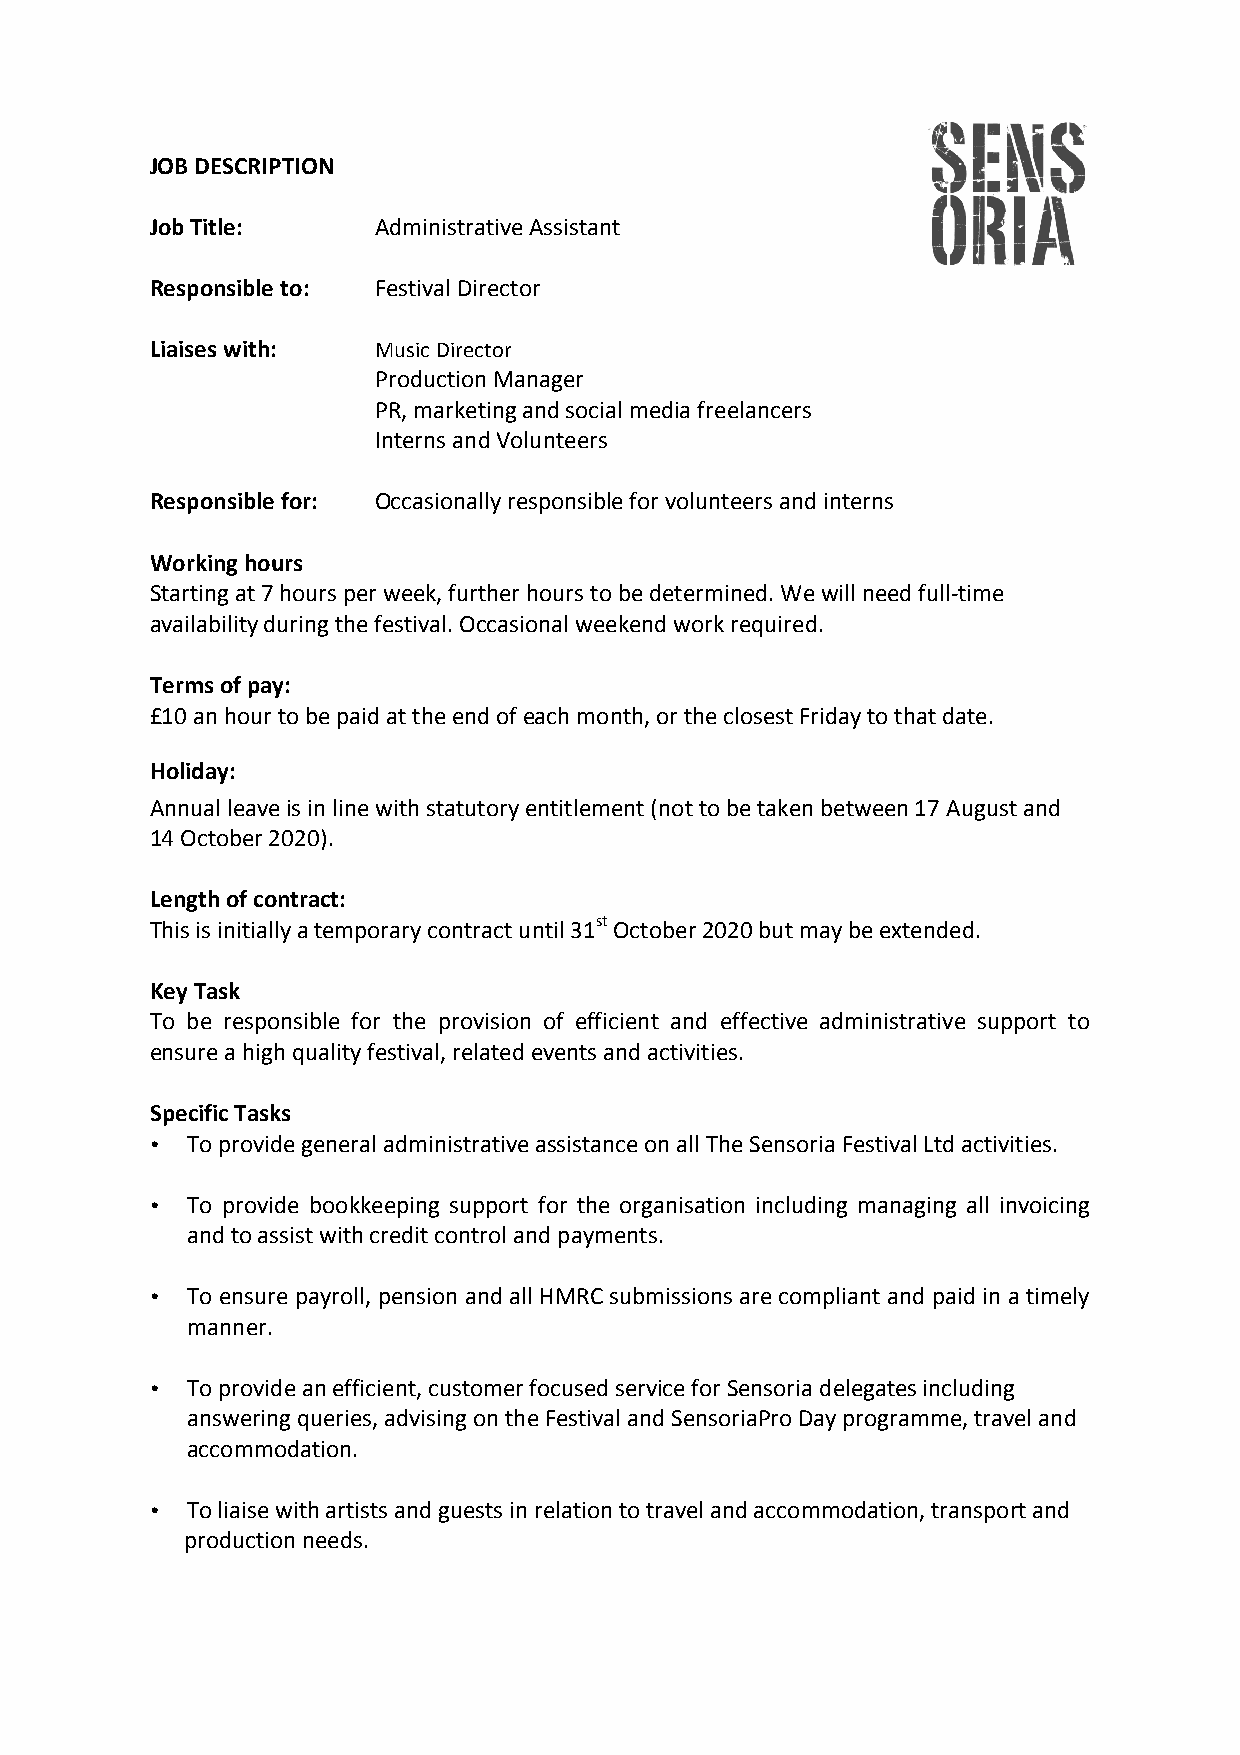
JOB DESCRIPTION
 Job Title:     Administrative Assistant
 Responsible to: Festival Director
 Liaises with:  Music Director
 Production Manager
 PR, marketing and social media freelancers
 Interns and Volunteers
 Responsible for: Occasionally responsible for volunteers and interns
 Working hours
 Starting at 7 hours per week, further hours to be determined. We will need full-­‐time
 availability during the festival. Occasional weekend work required.
 Terms of pay:
 £10 an hour to be paid at the end of each month, or the closest Friday to that date.
 Holiday:
 Annual leave is in line with statutory entitlement (not to be taken between 17 August and
 14 October 2020).
 Length of contract:
 This is initially a temporary contract until 31st October 2020 but may be extended.
 Key Task
 To be responsible for the provision of efficient and effective administrative support to
 ensure a high quality festival, related events and activities.
 Specific Tasks
 • To provide general administrative assistance on all The Sensoria Festival Ltd activities.
 • To provide bookkeeping support for the organisation including managing all invoicing
 and to assist with credit control and payments.
 • To ensure payroll, pension and all HMRC submissions are compliant and paid in a timely
 manner.
 • To provide an efficient, customer focused service for Sensoria delegates including
 answering queries, advising on the Festival and SensoriaPro Day programme, travel and
 accommodation.
 • To liaise with artists and guests in relation to travel and accommodation, transport and
 production needs.